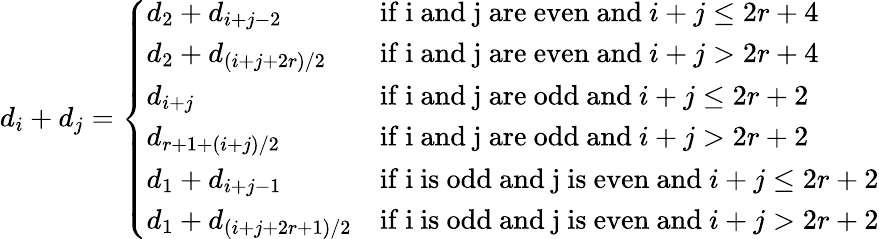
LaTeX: d_{i}+d_{j}=\left\{ \begin{array}{ll}{d_{2}+d_{i+j-2}}&{\mathrm{if~i~and~j~are~even~and~}i+j\leq 2r+4}\\ {d_{2}+d_{(i+j+2r)/2}}&{\mathrm{if~i~and~j~are~even~and~}i+j>2r+4}\\ {d_{i+j}}&{\mathrm{if~i~and~j~are~odd~and~}i+j\leq 2r+2}\\ {d_{r+1+(i+j)/2}}&{\mathrm{if~i~and~j~are~odd~and~}i+j>2r+2}\\ {d_{1}+d_{i+j-1}}&{\mathrm{if~i~is~odd~and~j~is~even~and~}i+j\leq 2r+2}\\ {d_{1}+d_{(i+j+2r+1)/2}}&{\mathrm{if~i~is~odd~and~j~is~even~and~}i+j>2r+2}\end{array}\right.